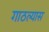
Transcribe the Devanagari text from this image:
गाठल्यास